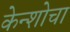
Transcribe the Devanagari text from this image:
केन्शोचा